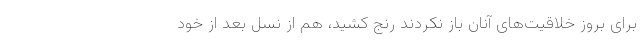
برای بروز خلاقیت‌های آنان باز نکردند رنج کشید، هم از نسل بعد از خود